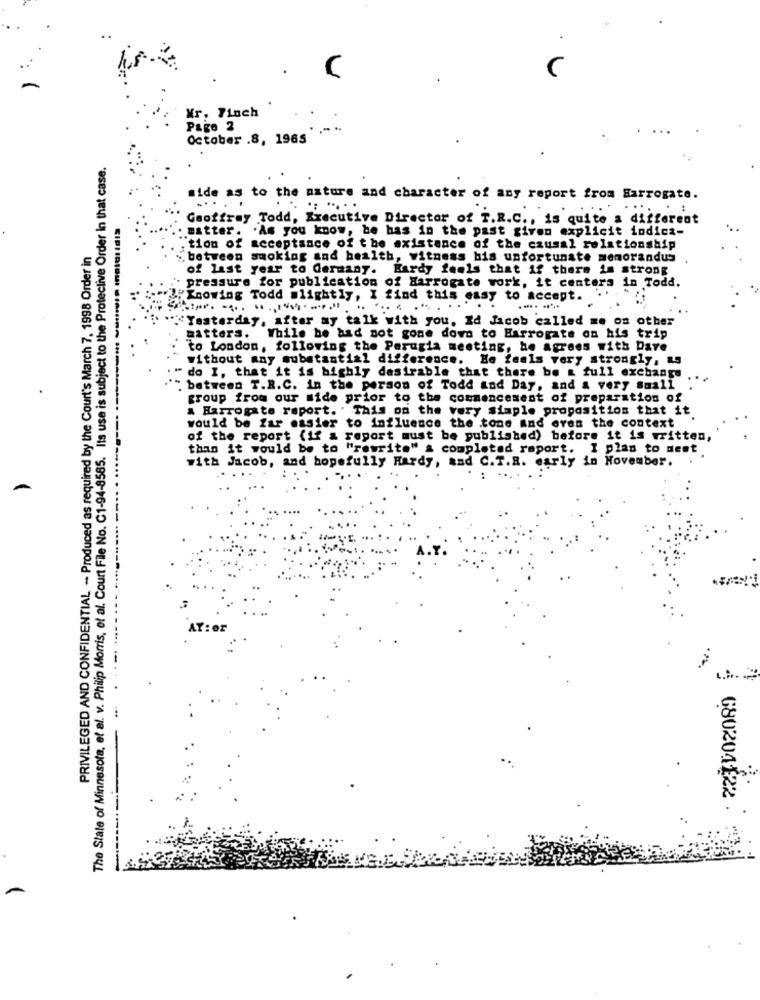
Kr, Finch
Pago 2
October .8, 1965
The State of Minnesota, et al. v. Philip Morris, et al. Court File No. C1-94-8585. Its use is subject to the Protective Order In that case.
side as to the nature and character of any report from Harrogate.
.:
Geoffray Todd, Executive Director of T.R.C ., is quite a different
. matter. . As you know, be has in the past given explicit indica-
PRIVILEGED AND CONFIDENTIAL - Produced as required by the Court's March 7, 1998 Order in
tion of acceptance of the existence of the causal relationship
"between smoking and health, witness bis unfortunate memorandus
of last year to Germany. Hardy feels that if there is strong
pressure for publication of Harrogate work, it centers in Todd.
"Knowing Todd slightly, I find this easy to accept.
.... .....
"Yesterday, after my talk with you, Id Jacob called me on other
matters. While he had not gone down to Harrogate on his trip
to London, following the Perugia meeting, he agrees with Dave
without any substantial difference. He feels very strongly, as
" do I, that it is highly desirable that there be & full exchange
" between T.R.C. In the person of Todd and Day, and a very small
group from our side prior to the commencement of preparation of
& Harrogate report. . This on the very simple proposition that it
would be far easier to influence the tone and even the context
of the report (if & report must be published) before it is written,
than it would be to "rewrit." a completed report. I plan to dest
with Jacob, and hopefully Hardy, and C.T.R. early in November.
AT: er
680204122 .